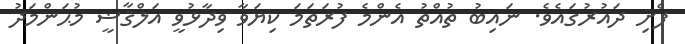
ފެށި ދައުރުގައެވެ. ނައިބު ތުއްތު އެންމެ ފުރަތަމަ ކިޔަވާ ވިދާޅުވީ އަލްޤާޟީ މުޙަންމަދު